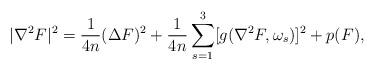
LaTeX: \begin{align*}|\nabla^2F|^2=\frac{1}{4n}(\Delta F)^2+\frac{1}{4n}\sum_{s=1}^3[g(\nabla^2F,\omega_s)]^2 +p(F),\end{align*}